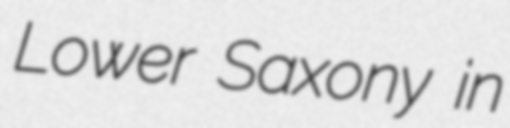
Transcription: Lower Saxony in